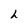
Character: h